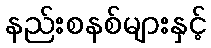
နည်းစနစ်များနှင့်